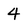
Character: 4